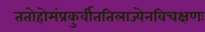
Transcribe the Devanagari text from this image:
ततोहोमंप्रकुर्वीततिलाज्येनविचक्षणः